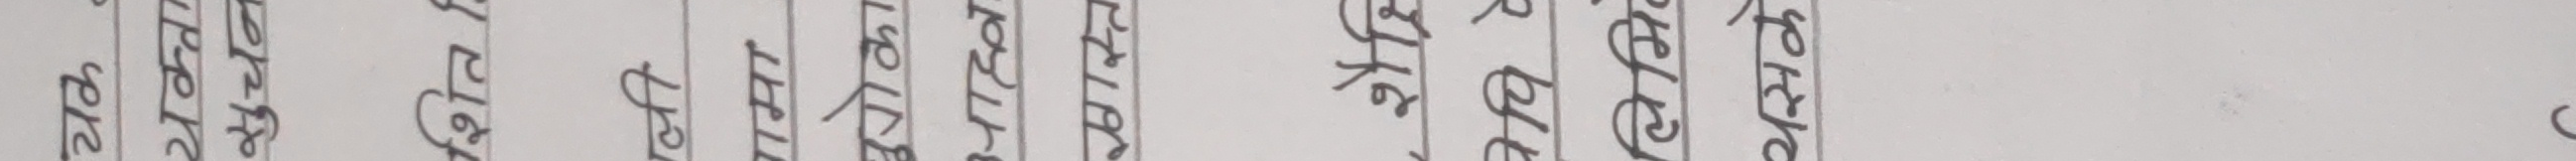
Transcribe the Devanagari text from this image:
ज्वजलने